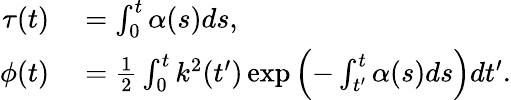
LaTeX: \begin{array}{rl}{\tau(t)}&{{}=\int_{0}^{t}\alpha(s)ds,}\\ {\phi(t)}&{{}=\frac{1}{2}\int_{0}^{t}k^{2}(t^{\prime})\exp\left(-\int_{t^{\prime}}^{t}\alpha(s)ds\right)dt^{\prime}.}\end{array}